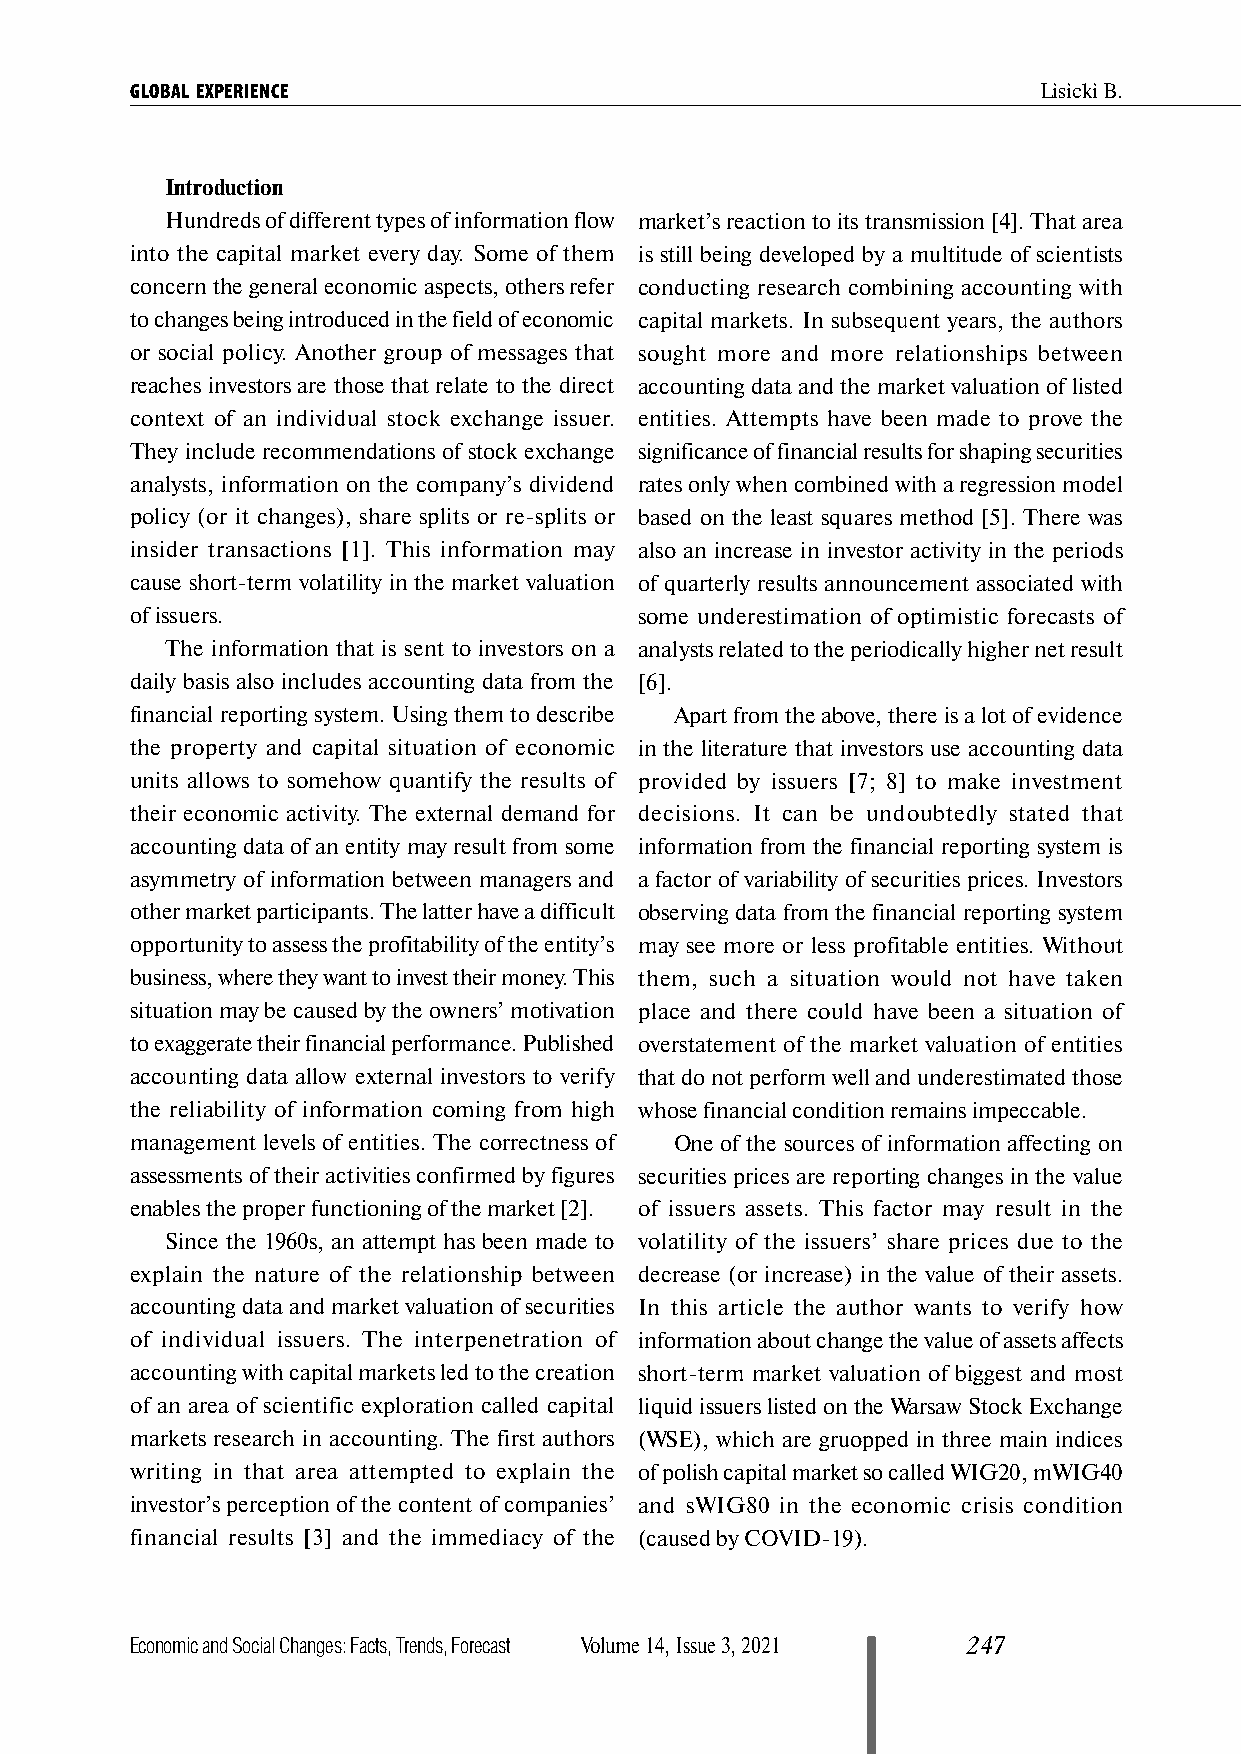
GLOBAL EXPERIENCE                                           Lisicki B.
 Introduction
 Hundreds of different types of information flow market’s reaction to its transmission [4]. That area
 into the capital market every day. Some of them is still being developed by a multitude of scientists
 concern the general economic aspects, others refer conducting research combining accounting with
 to changes being introduced in the field of economic capital markets. In subsequent years, the authors
 or social policy. Another group of messages that sought more and more relationships between
 reaches investors are those that relate to the direct accounting data and the market valuation of listed
 context of an individual stock exchange issuer. entities. Attempts have been made to prove the
 They include recommendations of stock exchange significance of financial results for shaping securities
 analysts, information on the company’s dividend rates only when combined with a regression model
 policy (or it changes), share splits or re-splits or based on the least squares method [5]. There was
 insider transactions [1]. This information may also an increase in investor activity in the periods
 cause short-term volatility in the market valuation of quarterly results announcement associated with
 of issuers.                      some underestimation of optimistic forecasts of
 The information that is sent to investors on a analysts related to the periodically higher net result
 daily basis also includes accounting data from the [6].
 financial reporting system. Using them to describe Apart from the above, there is a lot of evidence
 the property and capital situation of economic in the literature that investors use accounting data
 units allows to somehow quantify the results of provided by issuers [7; 8] to make investment
 their economic activity. The external demand for decisions. It can be undoubtedly stated that
 accounting data of an entity may result from some information from the financial reporting system is
 asymmetry of information between managers and a factor of variability of securities prices. Investors
 other market participants. The latter have a difficult observing data from the financial reporting system
 opportunity to assess the profitability of the entity’s may see more or less profitable entities. Without
 business, where they want to invest their money. This them, such a situation would not have taken
 situation may be caused by the owners’ motivation place and there could have been a situation of
 to exaggerate their financial performance. Published overstatement of the market valuation of entities
 accounting data allow external investors to verify that do not perform well and underestimated those
 the reliability of information coming from high whose financial condition remains impeccable.
 management levels of entities. The correctness of One of the sources of information affecting on
 assessments of their activities confirmed by figures securities prices are reporting changes in the value
 enables the proper functioning of the market [2]. of issuers assets. This factor may result in the
 Since the 1960s, an attempt has been made to volatility of the issuers’ share prices due to the
 explain the nature of the relationship between decrease (or increase) in the value of their assets.
 accounting data and market valuation of securities In this article the author wants to verify how
 of individual issuers. The interpenetration of information about change the value of assets affects
 accounting with capital markets led to the creation short-term market valuation of biggest and most
 of an area of scientific exploration called capital liquid issuers listed on the Warsaw Stock Exchange
 markets research in accounting. The first authors (WSE), which are gruopped in three main indices
 writing in that area attempted to explain the of polish capital market so called WIG20, mWIG40
 investor’s perception of the content of companies’ and sWIG80 in the economic crisis condition
 financial results [3] and the immediacy of the (caused by COVID-19).
 Economic and Social Changes: Facts, Trends, Forecast Volume 14, Issue 3, 2021 247